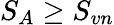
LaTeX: S_{A}\geq S_{vn}